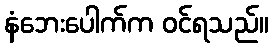
နံဘေးပေါက်က ဝင်ရသည်။